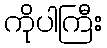
ကိုပါကြီး